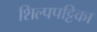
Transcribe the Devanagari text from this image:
शिल्पपट्टिका